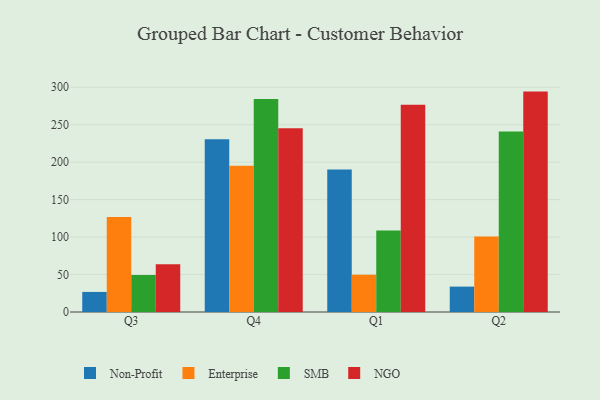
{"axis": {"x": "Quarter", "y": "Temperature (°C)"}, "legend": ["Enterprise", "NGO", "Non-Profit", "SMB"], "data": [{"x": "Q3", "y": 26.8, "type": "Non-Profit"}, {"x": "Q3", "y": 126.7, "type": "Enterprise"}, {"x": "Q3", "y": 49.3, "type": "SMB"}, {"x": "Q3", "y": 63.8, "type": "NGO"}, {"x": "Q4", "y": 230.7, "type": "Non-Profit"}, {"x": "Q4", "y": 195.2, "type": "Enterprise"}, {"x": "Q4", "y": 284.3, "type": "SMB"}, {"x": "Q4", "y": 245.4, "type": "NGO"}, {"x": "Q1", "y": 190.1, "type": "Non-Profit"}, {"x": "Q1", "y": 49.8, "type": "Enterprise"}, {"x": "Q1", "y": 108.8, "type": "SMB"}, {"x": "Q1", "y": 276.7, "type": "NGO"}, {"x": "Q2", "y": 33.9, "type": "Non-Profit"}, {"x": "Q2", "y": 100.9, "type": "Enterprise"}, {"x": "Q2", "y": 241.1, "type": "SMB"}, {"x": "Q2", "y": 294.2, "type": "NGO"}]}